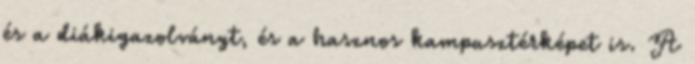
és a diákigazolványt, és a hasznos kampusztérképet is. A